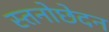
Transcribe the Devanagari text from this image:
स्तनोछेदन